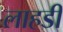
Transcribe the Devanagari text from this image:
लाहडी